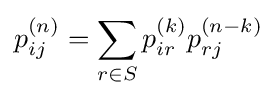
p_{ij}^{(n)}=\sum _{r\in S}p_{ir}^{(k)}p_{rj}^{(n-k)}